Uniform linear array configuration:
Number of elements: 32
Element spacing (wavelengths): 1
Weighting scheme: cosine
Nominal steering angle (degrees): -30
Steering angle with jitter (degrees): -30.863
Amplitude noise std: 0.05
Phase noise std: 0.05

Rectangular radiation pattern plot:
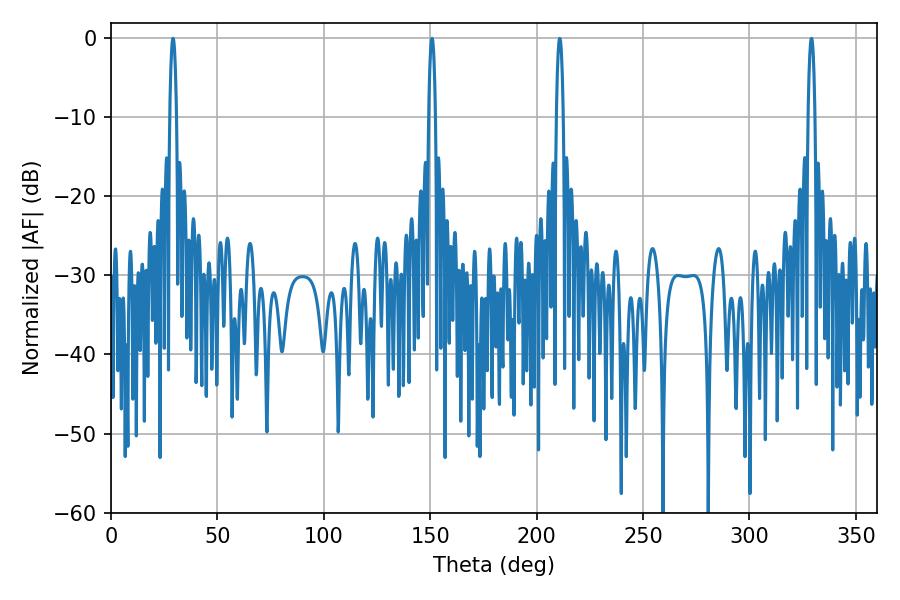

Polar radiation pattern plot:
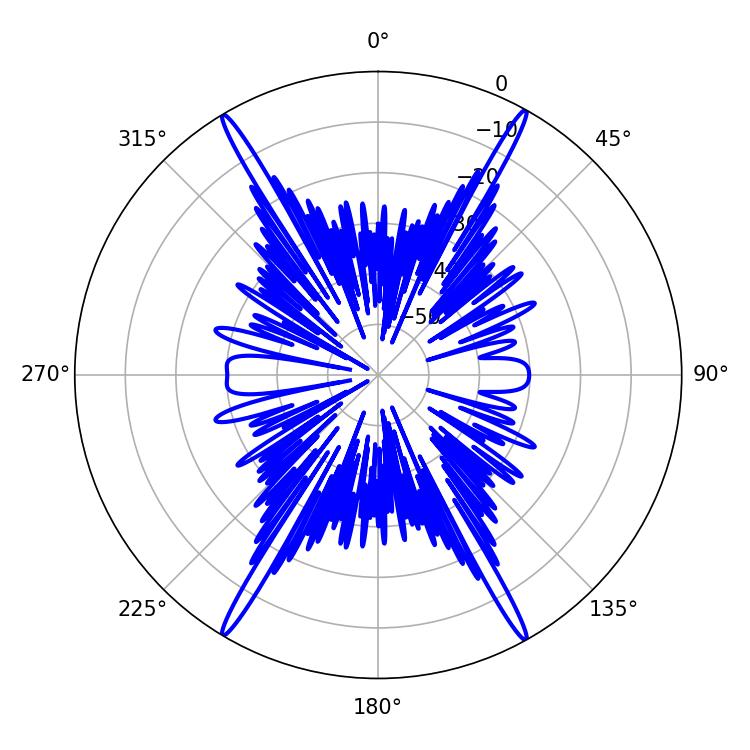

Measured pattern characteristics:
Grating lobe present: TRUE
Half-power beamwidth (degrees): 1.8
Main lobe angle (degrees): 29.16